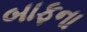
બાફના